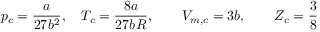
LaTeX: p _ { c } = { \frac { a } { 2 7 b ^ { 2 } } } , \quad T _ { c } = { \frac { 8 a } { 2 7 b R } } , \qquad V _ { m , c } = 3 b , \qquad Z _ { c } = { \frac { 3 } { 8 } }